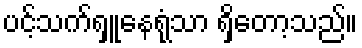
ပင့်သက်ရှူနေရုံသာ ရှိတော့သည်။